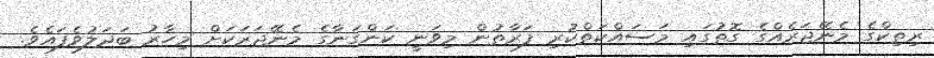
ރިތިކްގެ މެނޭޖަރެއްގެ ގޮތުގައި މަސައްކަތްކުރި ފަރާތުން މިވަނީ ކަންގަނާގެ މެނޭޖަރަކަށް މިހާރު ބަދަލުވެފައެވެ.